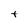
Character: t